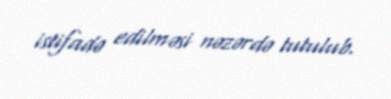
istifadə edilməsi nəzərdə tutulub.